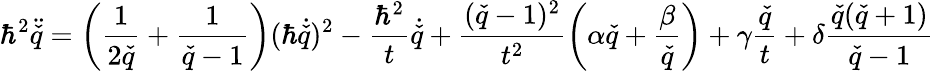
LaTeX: \hbar^{2}\ddot{\check{q}}=\left(\frac{1}{2\check{q}}+\frac{1}{\check{q}-1}\right)(\hbar\dot{\check{q}})^{2}-\frac{\hbar^{2}}{t}\dot{\check{q}}+\frac{(\check{q}-1)^{2}}{t^{2}}\left(\alpha\check{q}+\frac{\beta}{\check{q}}\right)+\gamma\frac{\check{q}}{t}+\delta\frac{\check{q}(\check{q}+1)}{\check{q}-1}